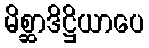
မိစ္ဆာဒိဋ္ဌိယာပေ